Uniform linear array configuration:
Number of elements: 24
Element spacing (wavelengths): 0.25
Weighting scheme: binomial
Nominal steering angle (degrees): -30
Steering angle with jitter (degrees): -28.175
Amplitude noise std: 0.05
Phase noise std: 0.05

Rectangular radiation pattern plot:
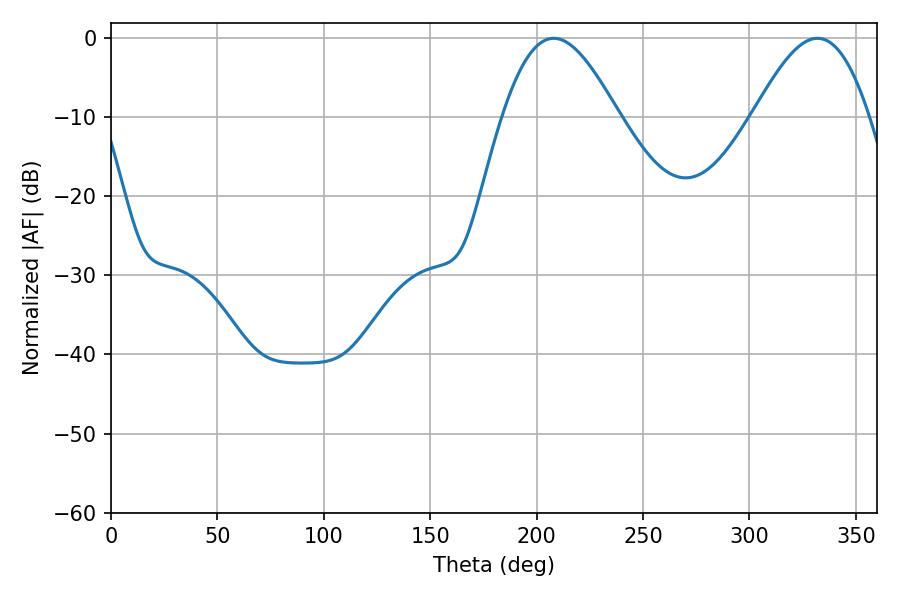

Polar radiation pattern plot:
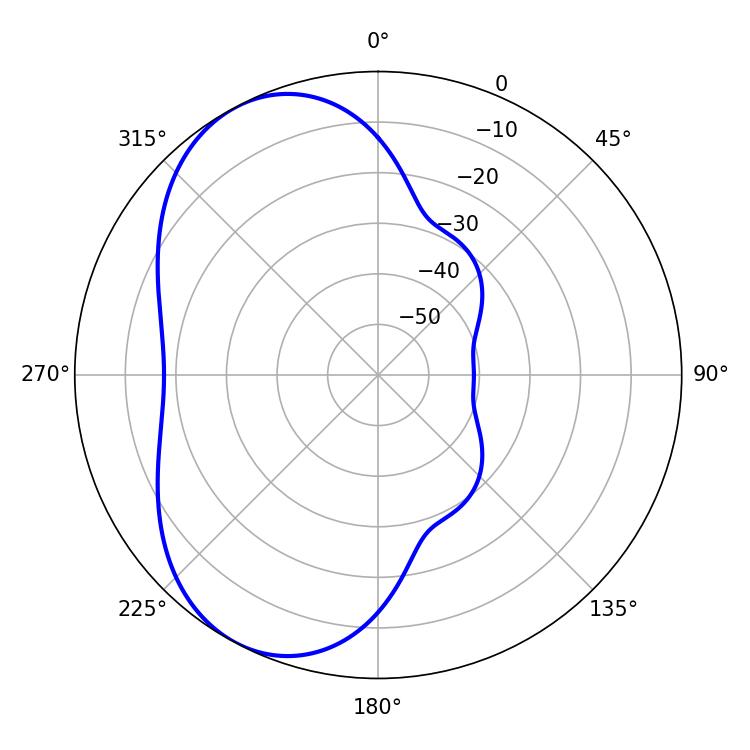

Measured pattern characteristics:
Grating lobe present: FALSE
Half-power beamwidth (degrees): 29.16
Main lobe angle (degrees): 208.08